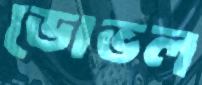
ডোভল